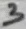
Text: 3